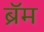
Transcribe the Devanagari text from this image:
ब्रॅम